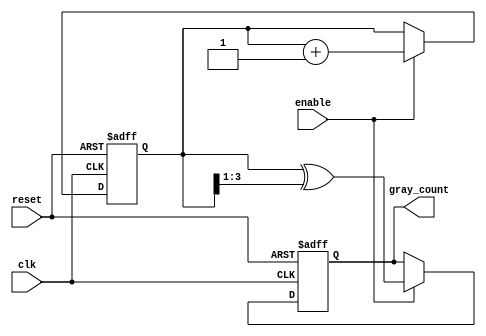
module gray_code_counter (
    input wire clk,          // Clock signal
    input wire reset,        // Asynchronous reset signal
    input wire enable,       // Enable signal for counting
    output reg [3:0] gray_count // 4-bit Gray code output
);

    reg [3:0] bin_count; // 4-bit binary counter

    // Gray code conversion function
    function [3:0] binary_to_gray;
        input [3:0] binary;
        begin
            binary_to_gray = binary ^ (binary >> 1);
        end
    endfunction

    // Asynchronous reset and counting logic
    always @(posedge clk or posedge reset) begin
        if (reset) begin
            bin_count <= 4'b0000; // Reset binary counter to 0
            gray_count <= 4'b0000; // Reset Gray code output to 0
        end else if (enable) begin
            bin_count <= bin_count + 1; // Increment binary counter
            gray_count <= binary_to_gray(bin_count); // Convert to Gray code
        end
    end

endmodule